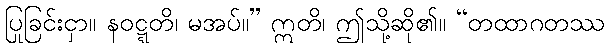
ပြုခြင်းငှာ။ နဝဋ္ဋတိ၊ မအပ်။” ဣတိ၊ ဤသို့ဆို၏။ “တထာဂတဿ